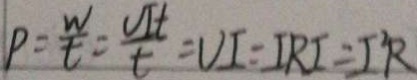
P = \frac { W } { t } = \frac { U I t } { t } = U I = I R I = I ^ { 2 } R